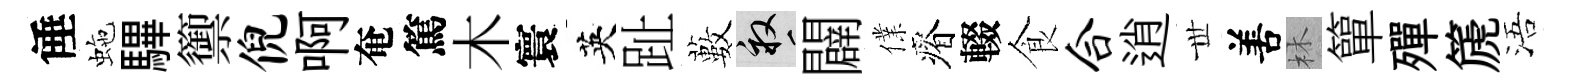
倕虵驆籞倪啊奄篤木寰英趾藪畝闢㒒瘠輟食合逍𠀍𠵊林簞殫篪浯